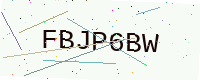
Text: FBJP6BW